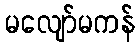
မလျော်မကန်